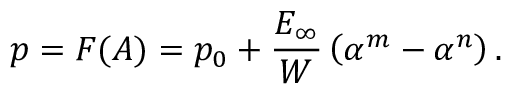
p = F ( A ) = p _ { 0 } + \frac { E _ { \infty } } { W } \left( \alpha ^ { m } - \alpha ^ { n } \right) .